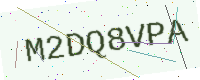
Text: M2DQ8VPA